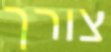
צורך